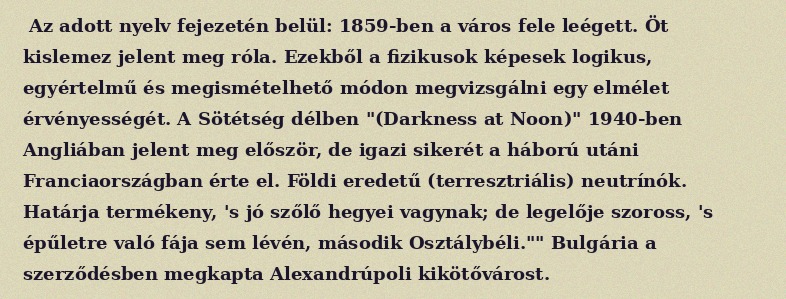
Az adott nyelv fejezetén belül: 1859-ben a város fele leégett. Öt kislemez jelent meg róla. Ezekből a fizikusok képesek logikus, egyértelmű és megismételhető módon megvizsgálni egy elmélet érvényességét. A Sötétség délben "(Darkness at Noon)" 1940-ben Angliában jelent meg először, de igazi sikerét a háború utáni Franciaországban érte el. Földi eredetű (terresztriális) neutrínók. Határja termékeny, 's jó szőlő hegyei vagynak; de legelője szoross, 's épűletre való fája sem lévén, második Osztálybéli."" Bulgária a szerződésben megkapta Alexandrúpoli kikötővárost.